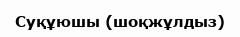
Суқұюшы (шоқжұлдыз)